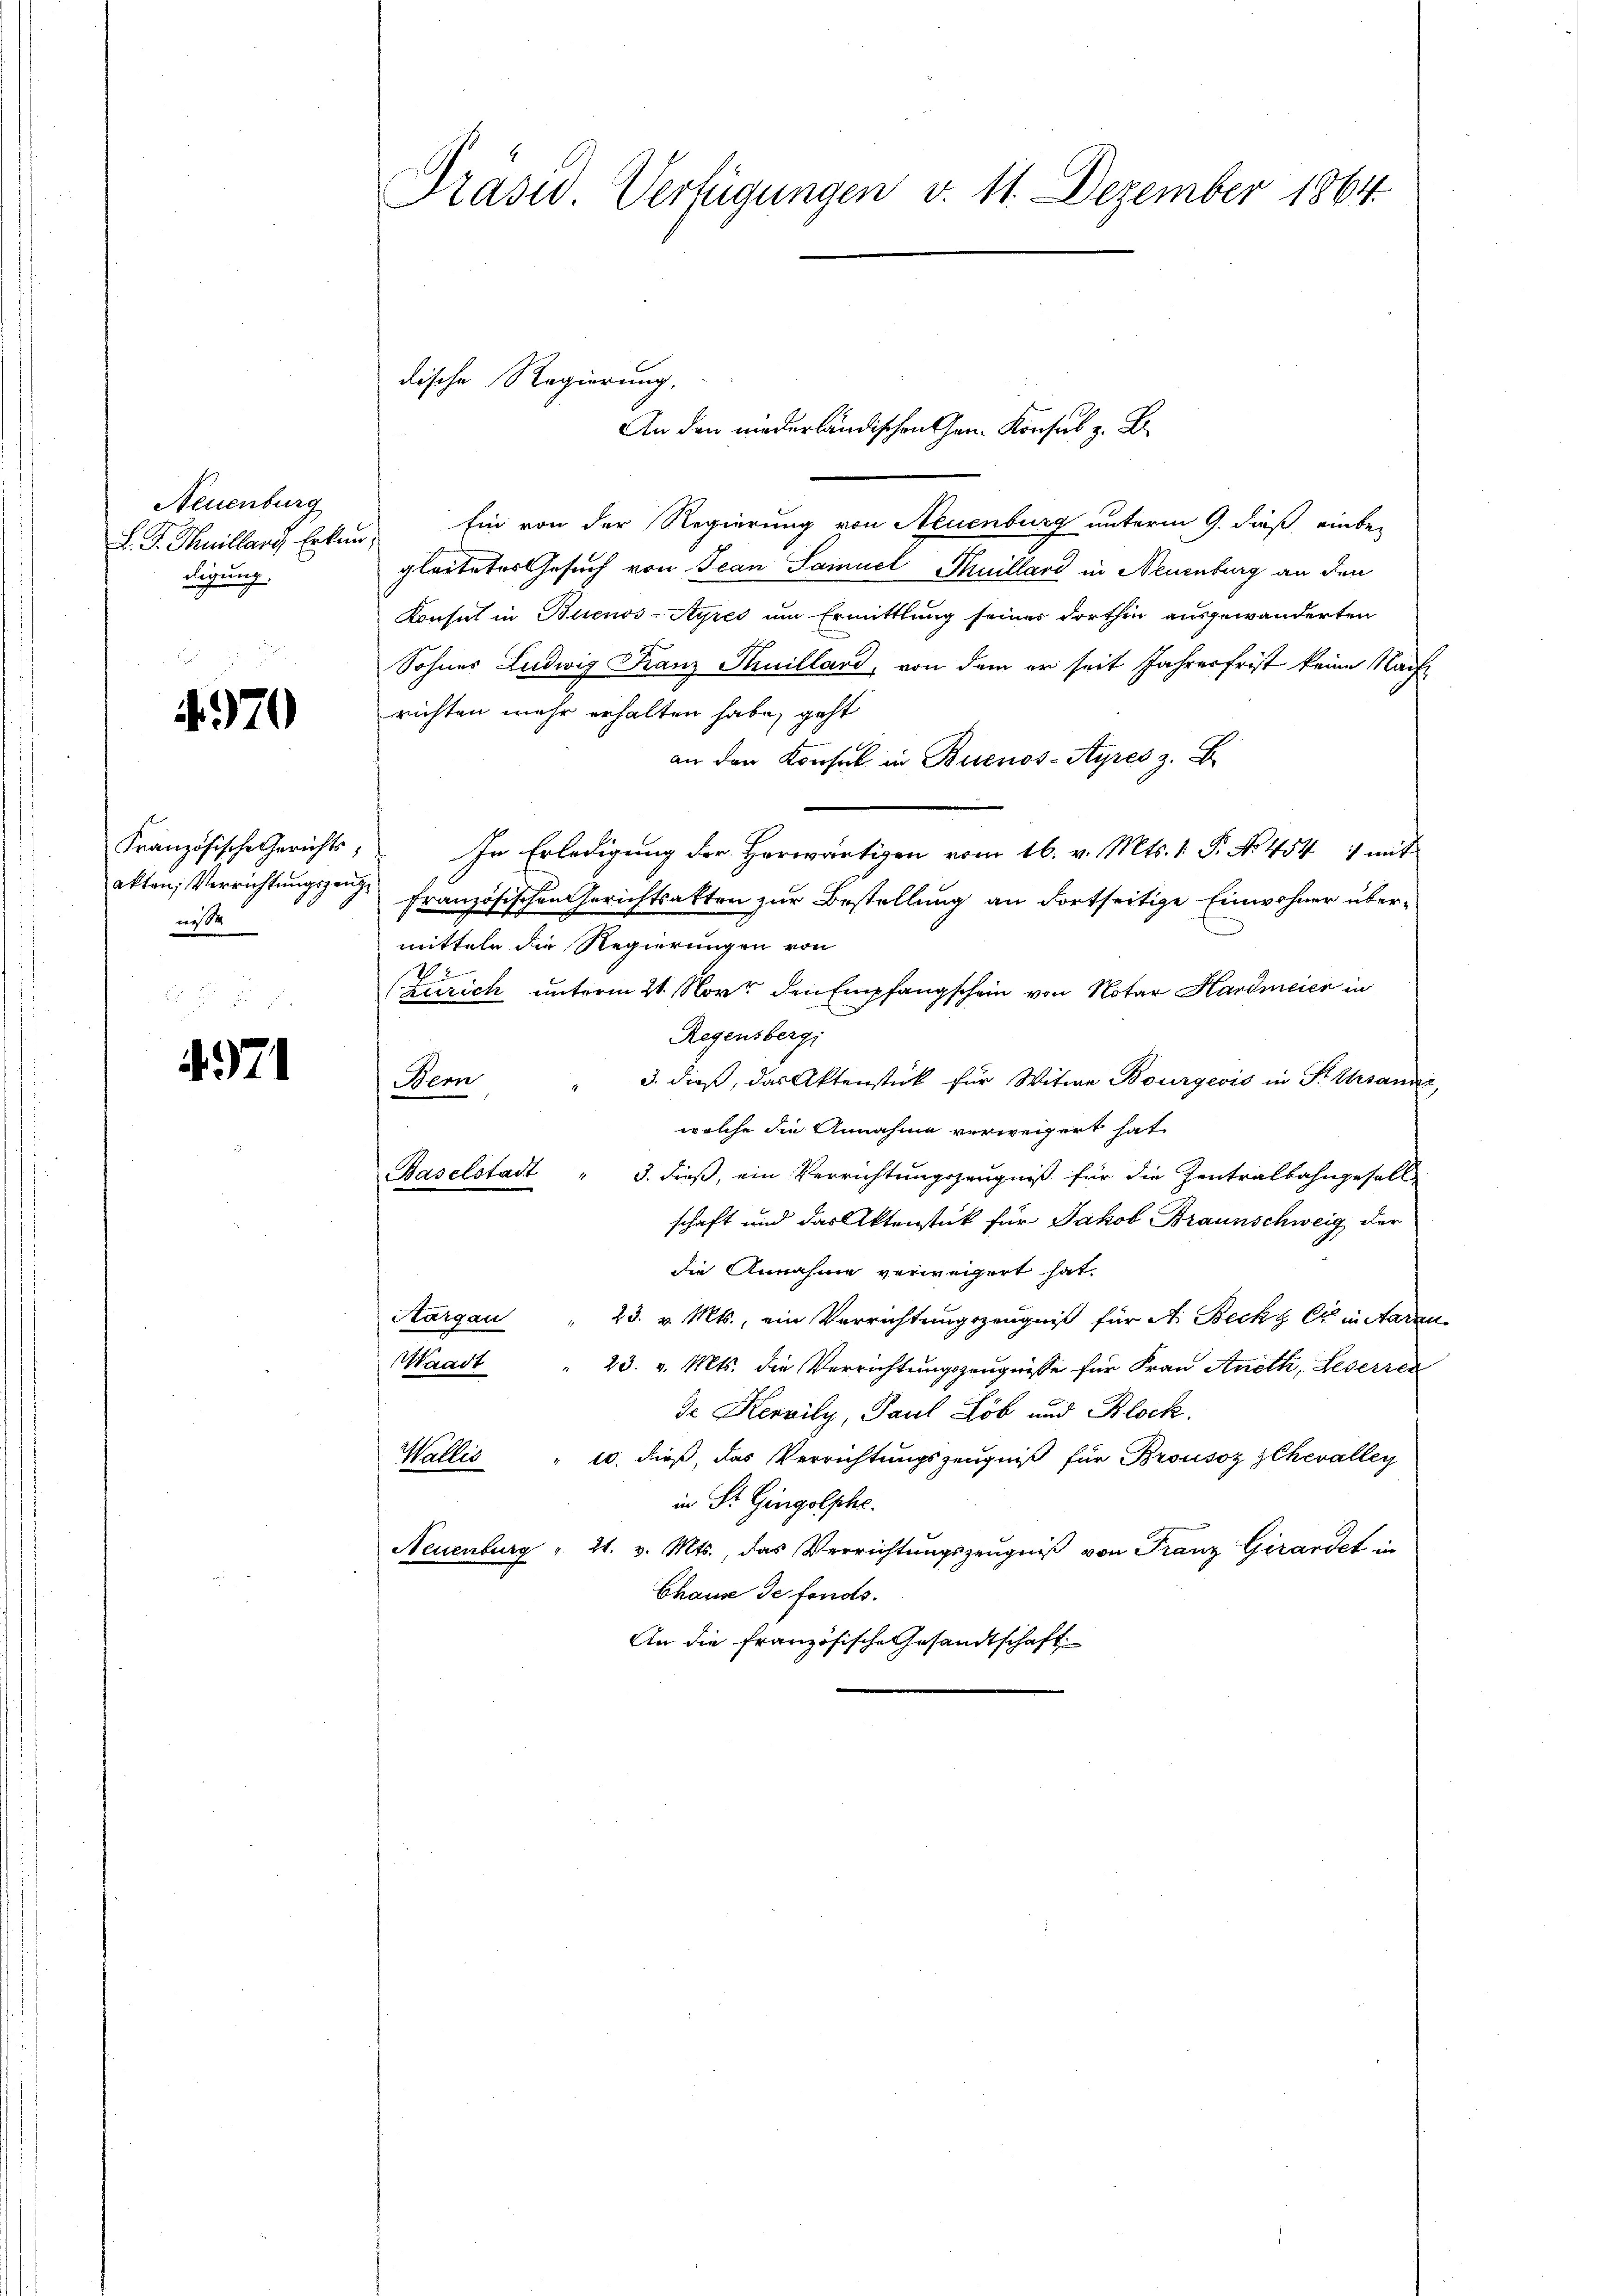
Neuenburg
L. G. Thuillari, Erken
digung.

.370

Französische Gerichts
akten, Verrichtungszeu
nisse

4971

Präsid. Verfügungen v. 11. Dezember 1864.

dische Regierung,

An den niederländischen Gen. Konsul z. B.
Ein von der Regierung von Neuenburg unterm 9. daß einbegleitetes Gesuch von Jean Samuel Thuillard in Neuenburg an den
Konsul in Buenos-Ayres um Ermittlung seiner dorthin ausgewanderten
Sohnes Ludwig Franz Thuillard, von dem er seit Jahresfrist keine Nach
richten mehr erhalten habe, geht
an den Konsul in Buenos-Ayres z. B.
In Erledigung der Herwärtigen vom 16. v. Mts. 1 P. No. 454 1 mit
französischen Gerichtsakten zur Bestellung an dortseitige Einwohner übermitteln die Regierungen von
1
zerrich unterm 21. Nov. den Empfangschein von Notar Hardmeier in
Regensbergi
" 3. dieß, das Aktenstück für Witwe Bourgević in P. Ursand
Bern
welche die Annahme verweigert hat.
Baselstadt " 3. dieß, ein Verrichtungszeugniß für die Zentralbahngesell
schaft und das Aktenstück für Jakob Braunschweig der
die Annahme verweigert hat.
Aargau
23. v. Mts., ein Verrichtungszeugniß für A. Becke er in staren
Waadt
23. v. Mts. die Verrichtungszeugnisse für Frau Aneth, Leserren
de Kervily, Paul Lob und Block.
Wallis " 10. dieß, das Verrichtungszeugniß für Brousoz ZChevalley
in St. Gingolphe.
Neuenburg " 21. v. Mts., das Verrichtŭngszeŭgniβ von Franz Girardet in
Chause de fonds.
An die französische Gesandtschaft.